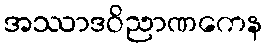
အဿာဒဝိညာဏကေန